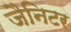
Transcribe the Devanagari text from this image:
जैनिटर